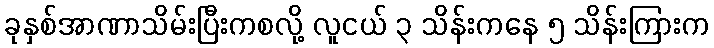
ခုနှစ်အာဏာသိမ်းပြီးကစလို့ လူငယ် ၃ သိန်းကနေ ၅ သိန်းကြားက